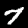
Label: 7